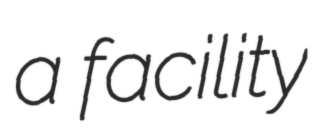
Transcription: a facility